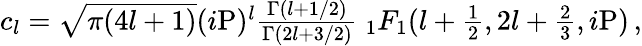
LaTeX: \begin{array}{r}{c_{l}=\sqrt{\pi(4l+1)}(i\mathrm{P})^{l}\frac{\Gamma(l+1/2)}{\Gamma(2l+3/2)}\mathrm{~}_{1}F_{1}(l+\frac{1}{2},2l+\frac{2}{3},i\mathrm{P})\, ,}\end{array}